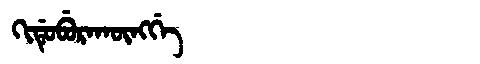
Manchu: ᡴᡳᡩᡠᠪᡠᡵᠠᡴᡡᠩᡤᡝ
Romanization: KIDUBURAKŪNGGE